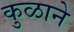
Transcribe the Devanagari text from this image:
कुळाने